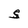
Character: S